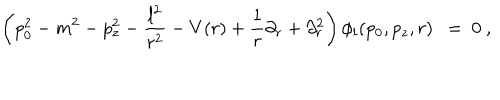
\left( p _ { 0 } ^ { 2 } - m ^ { 2 } - p _ { z } ^ { 2 } - \frac { l ^ { 2 } } { r ^ { 2 } } - V ( r ) + \frac 1 r \partial _ { r } + \partial _ { r } ^ { 2 } \right) \phi _ { l } ( p _ { 0 } , p _ { z } , r ) \ \ = \ 0 \ ,